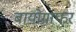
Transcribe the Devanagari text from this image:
बायोग्राफर